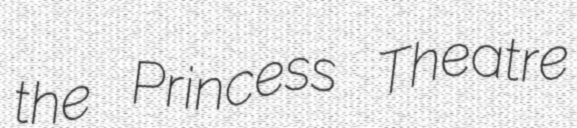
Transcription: the Princess Theatre